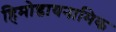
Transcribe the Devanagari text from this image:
हिमोडायनामिक